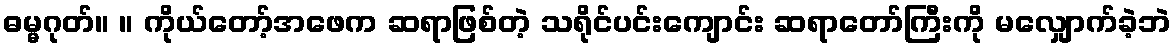
ဓမ္မဂုတ်။ ။ ကိုယ်တော့်အဖေက ဆရာဖြစ်တဲ့ သရိုင်ပင်းကျောင်း ဆရာတော်ကြီးကို မလျှောက်ခဲ့ဘဲ